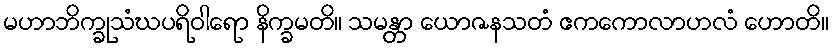
မဟာဘိက္ခုသံဃပရိဝါရော နိက္ခမတိ။ သမန္တာ ယောဇနသတံ ဧကကောလာဟလံ ဟောတိ။